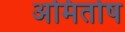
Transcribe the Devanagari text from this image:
अमितोष